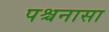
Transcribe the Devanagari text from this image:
पश्चनासा